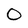
Character: O